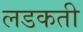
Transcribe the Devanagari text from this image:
लडकती